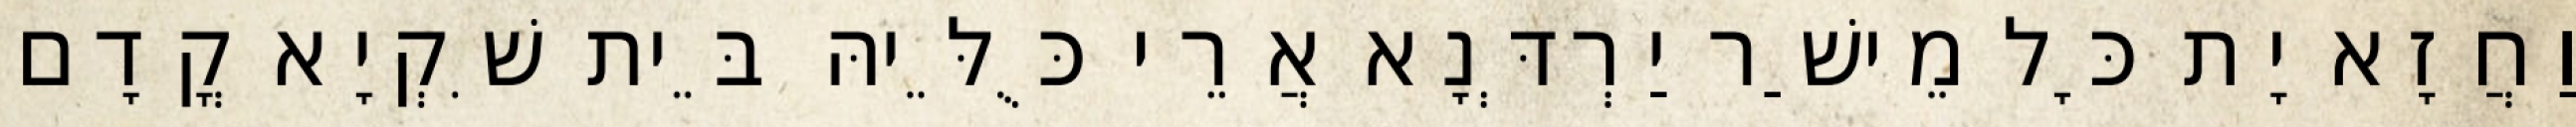
וַחֲזָא יָת כָּל מֵישַׁר יַרְדְּנָא אֲרֵי כֻּלֵּיהּ בֵּית שִׁקְיָא קֳדָם